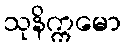
သုနိက္ကမော